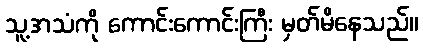
သူ့အသံကို ကောင်းကောင်းကြီး မှတ်မိနေသည်။